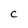
Character: c